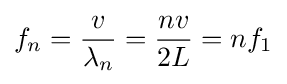
f_{n}={\frac {v}{\lambda _{n}}}={\frac {nv}{2L}}=nf_{1}\,\!